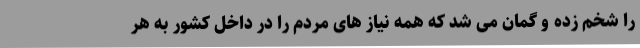
را شخم زده و گمان می شد که همه نیاز های مردم را در داخل کشور به هر